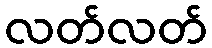
လတ်လတ်